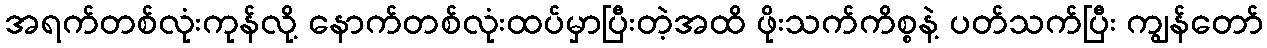
အရက်တစ်လုံးကုန်လို့ နောက်တစ်လုံးထပ်မှာပြီးတဲ့အထိ ဖိုးသက်ကိစ္စနဲ့ ပတ်သက်ပြီး ကျွန်တော်